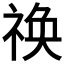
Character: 𬓋